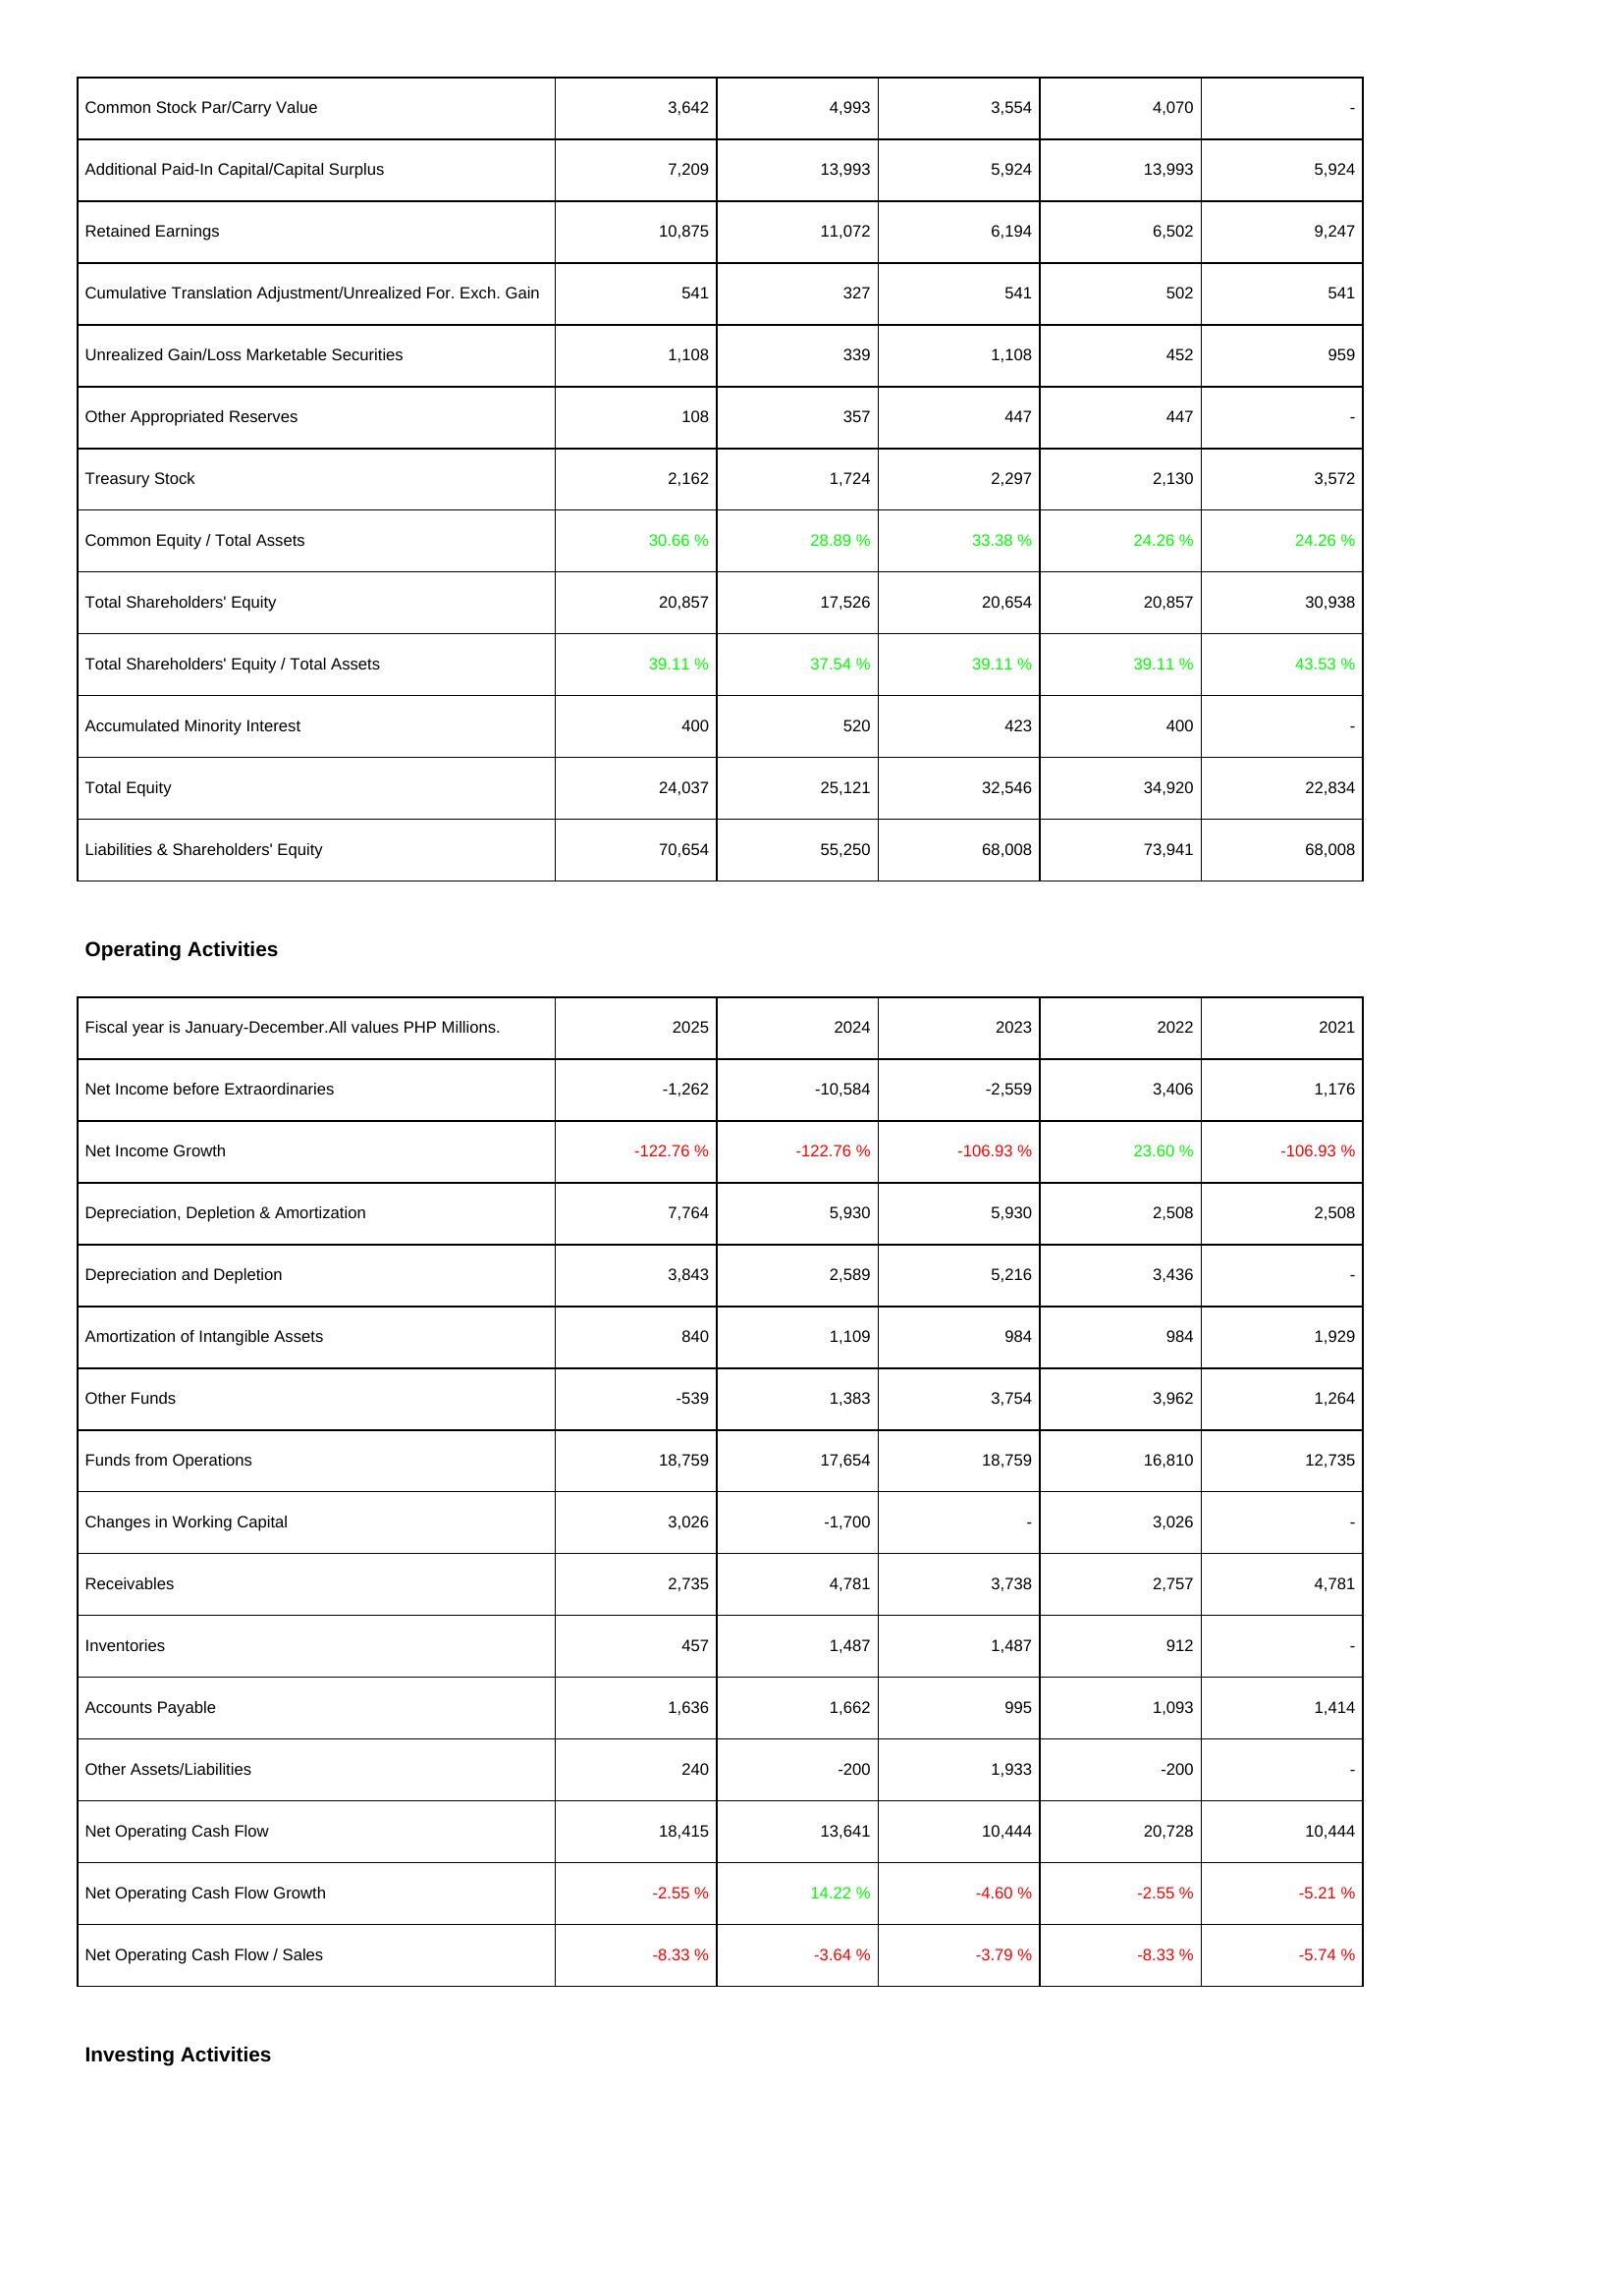
2025: Liabilities & Shareholders' Equity: Common Stock Par/Carry Value: 3,642
Additional Paid-In Capital/Capital Surplus: 7,209
Retained Earnings: 10,875
Cumulative Translation Adjustment/Unrealized For. Exch. Gain: 541
Unrealized Gain/Loss Marketable Securities: 1,108
Other Appropriated Reserves: 108
Treasury Stock: 2,162
Common Equity / Total Assets: 30.66 %
Total Shareholders' Equity: 20,857
Total Shareholders' Equity / Total Assets: 39.11 %
Accumulated Minority Interest: 400
Total Equity: 24,037
Liabilities & Shareholders' Equity: 70,654
Operating Activities: Net Income before Extraordinaries: -1,262
Net Income Growth: -122.76 %
Depreciation, Depletion & Amortization: 7,764
Depreciation and Depletion: 3,843
Amortization of Intangible Assets: 840
Other Funds: -539
Funds from Operations: 18,759
Changes in Working Capital: 3,026
Receivables: 2,735
Inventories: 457
Accounts Payable: 1,636
Other Assets/Liabilities: 240
Net Operating Cash Flow: 18,415
Net Operating Cash Flow Growth: -2.55 %
Net Operating Cash Flow / Sales: -8.33 %
2024: Liabilities & Shareholders' Equity: Common Stock Par/Carry Value: 4,993
Additional Paid-In Capital/Capital Surplus: 13,993
Retained Earnings: 11,072
Cumulative Translation Adjustment/Unrealized For. Exch. Gain: 327
Unrealized Gain/Loss Marketable Securities: 339
Other Appropriated Reserves: 357
Treasury Stock: 1,724
Common Equity / Total Assets: 28.89 %
Total Shareholders' Equity: 17,526
Total Shareholders' Equity / Total Assets: 37.54 %
Accumulated Minority Interest: 520
Total Equity: 25,121
Liabilities & Shareholders' Equity: 55,250
Operating Activities: Net Income before Extraordinaries: -10,584
Net Income Growth: -122.76 %
Depreciation, Depletion & Amortization: 5,930
Depreciation and Depletion: 2,589
Amortization of Intangible Assets: 1,109
Other Funds: 1,383
Funds from Operations: 17,654
Changes in Working Capital: -1,700
Receivables: 4,781
Inventories: 1,487
Accounts Payable: 1,662
Other Assets/Liabilities: -200
Net Operating Cash Flow: 13,641
Net Operating Cash Flow Growth: 14.22 %
Net Operating Cash Flow / Sales: -3.64 %
2023: Liabilities & Shareholders' Equity: Common Stock Par/Carry Value: 3,554
Additional Paid-In Capital/Capital Surplus: 5,924
Retained Earnings: 6,194
Cumulative Translation Adjustment/Unrealized For. Exch. Gain: 541
Unrealized Gain/Loss Marketable Securities: 1,108
Other Appropriated Reserves: 447
Treasury Stock: 2,297
Common Equity / Total Assets: 33.38 %
Total Shareholders' Equity: 20,654
Total Shareholders' Equity / Total Assets: 39.11 %
Accumulated Minority Interest: 423
Total Equity: 32,546
Liabilities & Shareholders' Equity: 68,008
Operating Activities: Net Income before Extraordinaries: -2,559
Net Income Growth: -106.93 %
Depreciation, Depletion & Amortization: 5,930
Depreciation and Depletion: 5,216
Amortization of Intangible Assets: 984
Other Funds: 3,754
Funds from Operations: 18,759
Changes in Working Capital: -
Receivables: 3,738
Inventories: 1,487
Accounts Payable: 995
Other Assets/Liabilities: 1,933
Net Operating Cash Flow: 10,444
Net Operating Cash Flow Growth: -4.60 %
Net Operating Cash Flow / Sales: -3.79 %
2022: Liabilities & Shareholders' Equity: Common Stock Par/Carry Value: 4,070
Additional Paid-In Capital/Capital Surplus: 13,993
Retained Earnings: 6,502
Cumulative Translation Adjustment/Unrealized For. Exch. Gain: 502
Unrealized Gain/Loss Marketable Securities: 452
Other Appropriated Reserves: 447
Treasury Stock: 2,130
Common Equity / Total Assets: 24.26 %
Total Shareholders' Equity: 20,857
Total Shareholders' Equity / Total Assets: 39.11 %
Accumulated Minority Interest: 400
Total Equity: 34,920
Liabilities & Shareholders' Equity: 73,941
Operating Activities: Net Income before Extraordinaries: 3,406
Net Income Growth: 23.60 %
Depreciation, Depletion & Amortization: 2,508
Depreciation and Depletion: 3,436
Amortization of Intangible Assets: 984
Other Funds: 3,962
Funds from Operations: 16,810
Changes in Working Capital: 3,026
Receivables: 2,757
Inventories: 912
Accounts Payable: 1,093
Other Assets/Liabilities: -200
Net Operating Cash Flow: 20,728
Net Operating Cash Flow Growth: -2.55 %
Net Operating Cash Flow / Sales: -8.33 %
2021: Liabilities & Shareholders' Equity: Common Stock Par/Carry Value: -
Additional Paid-In Capital/Capital Surplus: 5,924
Retained Earnings: 9,247
Cumulative Translation Adjustment/Unrealized For. Exch. Gain: 541
Unrealized Gain/Loss Marketable Securities: 959
Other Appropriated Reserves: -
Treasury Stock: 3,572
Common Equity / Total Assets: 24.26 %
Total Shareholders' Equity: 30,938
Total Shareholders' Equity / Total Assets: 43.53 %
Accumulated Minority Interest: -
Total Equity: 22,834
Liabilities & Shareholders' Equity: 68,008
Operating Activities: Net Income before Extraordinaries: 1,176
Net Income Growth: -106.93 %
Depreciation, Depletion & Amortization: 2,508
Depreciation and Depletion: -
Amortization of Intangible Assets: 1,929
Other Funds: 1,264
Funds from Operations: 12,735
Changes in Working Capital: -
Receivables: 4,781
Inventories: -
Accounts Payable: 1,414
Other Assets/Liabilities: -
Net Operating Cash Flow: 10,444
Net Operating Cash Flow Growth: -5.21 %
Net Operating Cash Flow / Sales: -5.74 %